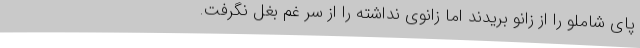
پای شاملو را از زانو بریدند اما زانوی نداشته را از سر غم بغل نگرفت.